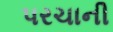
પરચાની